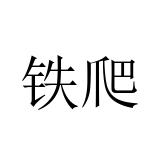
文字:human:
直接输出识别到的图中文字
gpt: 铁爬